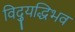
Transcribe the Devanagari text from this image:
विद्युद्धिभव